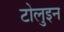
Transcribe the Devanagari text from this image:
टोलुइन